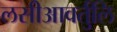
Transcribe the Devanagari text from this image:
लसीआवर्तुलि